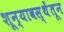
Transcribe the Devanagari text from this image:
शून्यावस्थेंतून